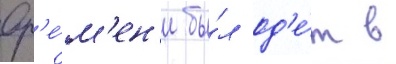
вр'е́м'ен'и бы́л од'е́т в